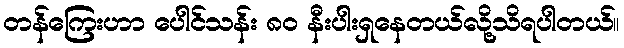
တန်ကြေးဟာ ပေါင်သန်း ၈၀ နီးပါးရှနေတယ်လို့သိရပါတယ်။